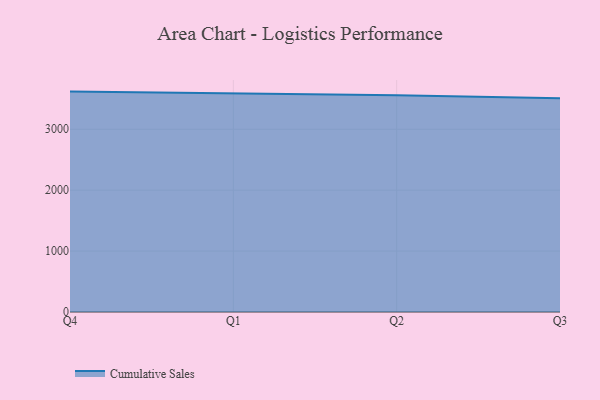
{"axis": {"x": "Quarter", "y": "Active Users"}, "legend": ["Cumulative Sales"], "data": [{"x": "Q4", "y": 3618.7, "type": "Cumulative Sales"}, {"x": "Q1", "y": 3589.2, "type": "Cumulative Sales"}, {"x": "Q2", "y": 3560.4, "type": "Cumulative Sales"}, {"x": "Q3", "y": 3508.4, "type": "Cumulative Sales"}]}